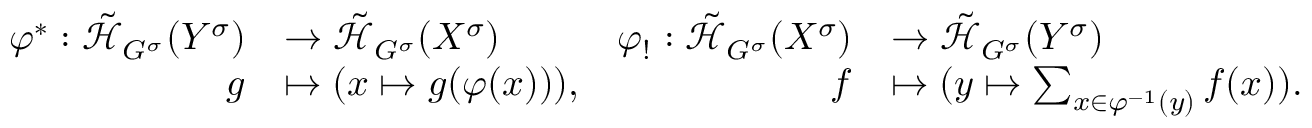
\begin{array} { r l r l } { \varphi ^ { * } : \tilde { { \mathcal H } } _ { G ^ { \sigma } } ( Y ^ { \sigma } ) } & { \rightarrow \tilde { { \mathcal H } } _ { G ^ { \sigma } } ( X ^ { \sigma } ) } & { \varphi _ { ! } : \tilde { { \mathcal H } } _ { G ^ { \sigma } } ( X ^ { \sigma } ) } & { \rightarrow \tilde { { \mathcal H } } _ { G ^ { \sigma } } ( Y ^ { \sigma } ) } \\ { g } & { \mapsto ( x \mapsto g ( \varphi ( x ) ) ) , } & { f } & { \mapsto ( y \mapsto \sum _ { x \in \varphi ^ { - 1 } ( y ) } f ( x ) ) . } \end{array}